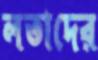
লতাদের